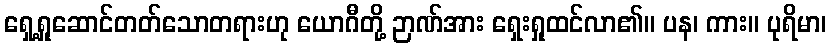
ရှေ့ရှုဆောင်တတ်သောတရားဟု ယောဂီတို့ ဉာဏ်အား ရှေးရှုထင်လာ၏။ ပန၊ ကား။ ပုရိမာ၊